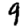
Digit: 9